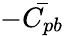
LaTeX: -\bar{C_{pb}}